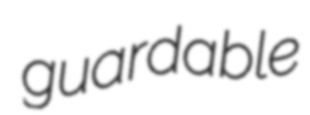
guardable